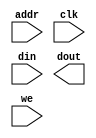
module dmem(
	addr,
	clk,
	din,
	dout,
	we);


input [9 : 0] addr;
input clk;
input [15 : 0] din;
output [15 : 0] dout;
input we;

// synthesis translate_off

      BLKMEMSP_V6_2 #(
		.c_addr_width(10),
		.c_default_data("0"),
		.c_depth(1024),
		.c_enable_rlocs(0),
		.c_has_default_data(1),
		.c_has_din(1),
		.c_has_en(0),
		.c_has_limit_data_pitch(0),
		.c_has_nd(0),
		.c_has_rdy(0),
		.c_has_rfd(0),
		.c_has_sinit(0),
		.c_has_we(1),
		.c_limit_data_pitch(18),
		.c_mem_init_file("mif_file_16_1"),
		.c_pipe_stages(0),
		.c_reg_inputs(0),
		.c_sinit_value("0"),
		.c_width(16),
		.c_write_mode(0),
		.c_ybottom_addr("0"),
		.c_yclk_is_rising(1),
		.c_yen_is_high(1),
		.c_yhierarchy("hierarchy1"),
		.c_ymake_bmm(0),
		.c_yprimitive_type("16kx1"),
		.c_ysinit_is_high(1),
		.c_ytop_addr("1024"),
		.c_yuse_single_primitive(0),
		.c_ywe_is_high(1),
		.c_yydisable_warnings(1))
	inst (
		.ADDR(addr),
		.CLK(clk),
		.DIN(din),
		.DOUT(dout),
		.WE(we),
		.EN(),
		.ND(),
		.RFD(),
		.RDY(),
		.SINIT());


// synthesis translate_on

endmodule